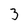
Character: 3